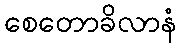
စေတောခိလာနံ